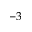
- 3